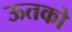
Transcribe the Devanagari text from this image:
ऊतको